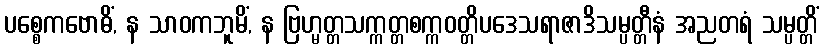
ပစ္စေကဗောဓိံ, န သာဝကဘူမိံ, န ဗြဟ္မတ္တသက္ကတ္တစက္ကဝတ္တိပဒေသရာဇာဒိသမ္ပတ္တီနံ အညတရံ သမ္ပတ္တိံ